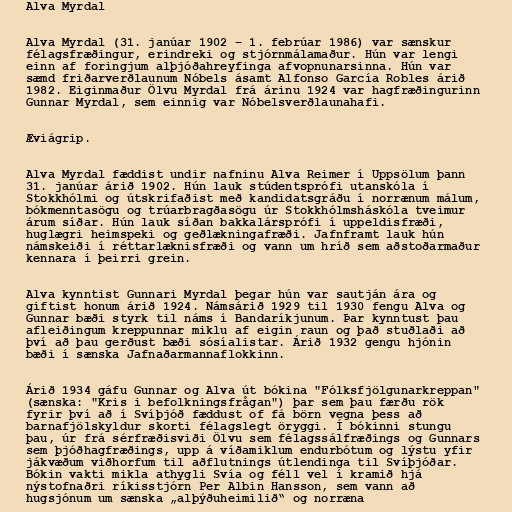
Alva Myrdal

Alva Myrdal (31. janúar 1902 – 1. febrúar 1986) var sænskur
félagsfræðingur, erindreki og stjórnmálamaður. Hún var lengi
einn af foringjum alþjóðahreyfinga afvopnunarsinna. Hún var
sæmd friðarverðlaunum Nóbels ásamt Alfonso García Robles árið
1982. Eiginmaður Ölvu Myrdal frá árinu 1924 var hagfræðingurinn
Gunnar Myrdal, sem einnig var Nóbelsverðlaunahafi.

Æviágrip.

Alva Myrdal fæddist undir nafninu Alva Reimer í Uppsölum þann
31. janúar árið 1902. Hún lauk stúdentsprófi utanskóla í
Stokkhólmi og útskrifaðist með kandidatsgráðu í norrænum málum,
bókmenntasögu og trúarbragðasögu úr Stokkhólmsháskóla tveimur
árum síðar. Hún lauk síðan bakkalársprófi í uppeldisfræði,
huglægri heimspeki og geðlækningafræði. Jafnframt lauk hún
námskeiði í réttarlæknisfræði og vann um hríð sem aðstoðarmaður
kennara í þeirri grein.

Alva kynntist Gunnari Myrdal þegar hún var sautján ára og
giftist honum árið 1924. Námsárið 1929 til 1930 fengu Alva og
Gunnar bæði styrk til náms í Bandaríkjunum. Þar kynntust þau
afleiðingum kreppunnar miklu af eigin raun og það stuðlaði að
því að þau gerðust bæði sósíalistar. Árið 1932 gengu hjónin
bæði í sænska Jafnaðarmannaflokkinn.

Árið 1934 gáfu Gunnar og Alva út bókina "Fólksfjölgunarkreppan"
(sænska: "Kris i befolkningsfrågan") þar sem þau færðu rök
fyrir því að í Svíþjóð fæddust of fá börn vegna þess að
barnafjölskyldur skorti félagslegt öryggi. Í bókinni stungu
þau, úr frá sérfræðisviði Ölvu sem félagssálfræðings og Gunnars
sem þjóðhagfræðings, upp á víðamiklum endurbótum og lýstu yfir
jákvæðum viðhorfum til aðflutnings útlendinga til Svíþjóðar.
Bókin vakti mikla athygli Svía og féll vel í kramið hjá
nýstofnaðri ríkisstjórn Per Albin Hansson, sem vann að
hugsjónum um sænska „alþýðuheimilið“ og norræna